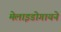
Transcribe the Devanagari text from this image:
मेलाइडोगायने